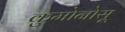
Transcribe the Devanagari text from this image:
कुमोनोसू